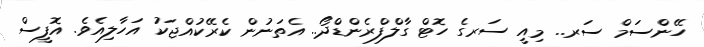
ހޭންސަމް ސަރ.. މިއީ ސަރގެ ހޮޓް ގާލްފްރެންޑްދޯ.. އެތަނުން ކެރޭކުއްޖަކު އަހާލިއެވެ. އޮފީސް